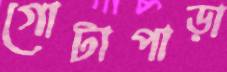
গোটাপাড়া